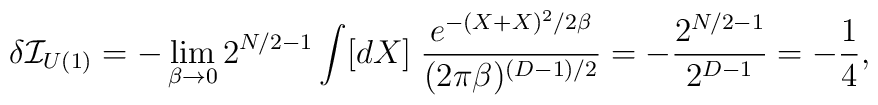
\delta{\cal I}_{U(1)}=-\lim_{\beta\rightarrow 0}2^{N/2-1}\int [dX]\;\frac{e^{-(X+X)^2/2\beta}}{(2\pi\beta)^{(D-1)/2}} =-\frac{2^{N/2-1}}{2^{D-1}}=-\frac{1}{4},